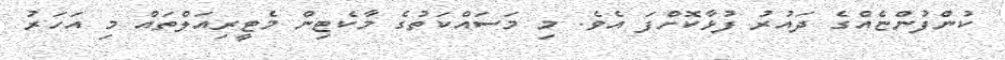
ކުންފުންޏެއްގެ ދައުރު ފުޅާކޮށްފަ އެވެ. މި މަސައްކަތުގެ މާކެޓިން މެޓީރިއަލްތައް މި އަހަރު